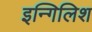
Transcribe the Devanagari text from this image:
इन्गिलिश